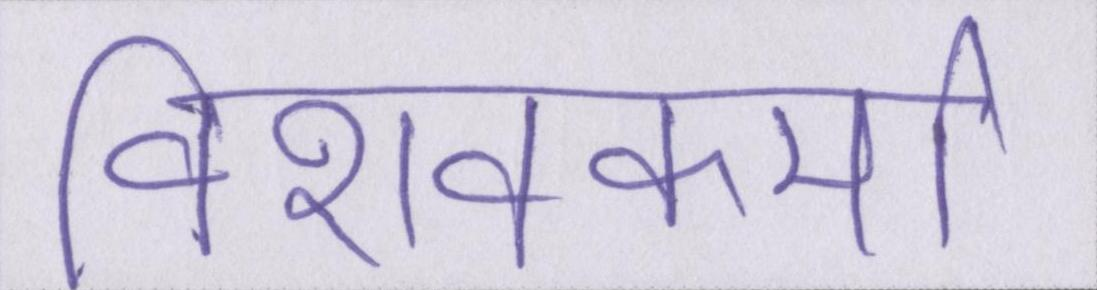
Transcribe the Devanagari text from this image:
विशवकर्मा